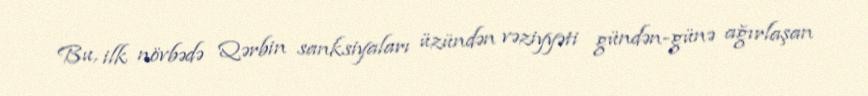
Bu, ilk növbədə Qərbin sanksiyaları üzündən vəziyyəti gündən-günə ağırlaşan